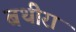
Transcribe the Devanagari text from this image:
बथीरा